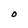
Character: O